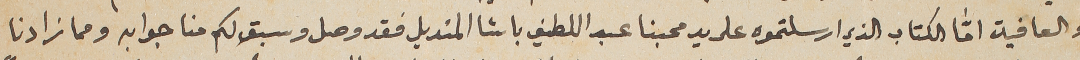
والعافية امّا الكتاب الذي ارسلتموه على يد محبنا عبد اللطيف باشا المنديل فقد وصل وسبق لكم منا جوابه ومما زادنا